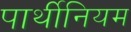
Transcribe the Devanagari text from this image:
पार्थीनियम